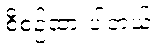
စီစဉ်ထားပါတယ်။